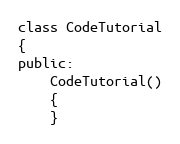
Language: C
class CodeTutorial
{
public:
	CodeTutorial()
	{
	}